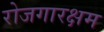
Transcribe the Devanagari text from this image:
रोजगारक्षम